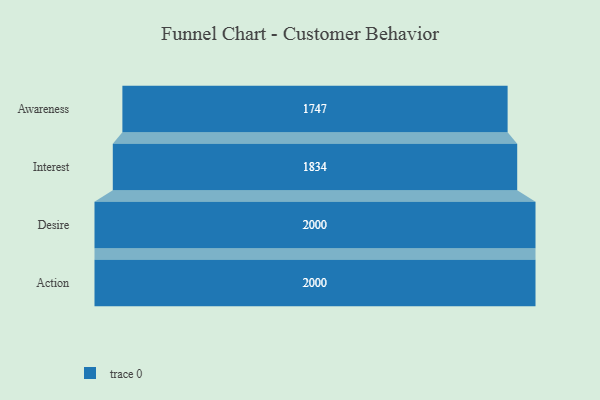
{"axis": {"x": "Stage", "y": "Value"}, "legend": [""], "data": [{"x": "Awareness", "y": 1747.0, "type": ""}, {"x": "Interest", "y": 1834.0, "type": ""}, {"x": "Desire", "y": 2000, "type": ""}, {"x": "Action", "y": 2000, "type": ""}]}